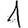
Digit: 1